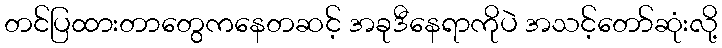
တင်ပြထားတာတွေကနေတဆင့် အခုဒီနေရာကိုပဲ အသင့်တော်ဆုံးလို့